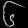
Digit: ၆